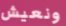
ونعيش